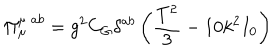
\Pi _ { \mu } ^ { \mu \; a b } = g ^ { 2 } C _ { G } \delta ^ { a b } \left( \frac { T ^ { 2 } } { 3 } - 1 0 k ^ { 2 } I _ { 0 } \right)